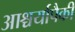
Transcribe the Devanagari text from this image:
आश्चर्यापैकी